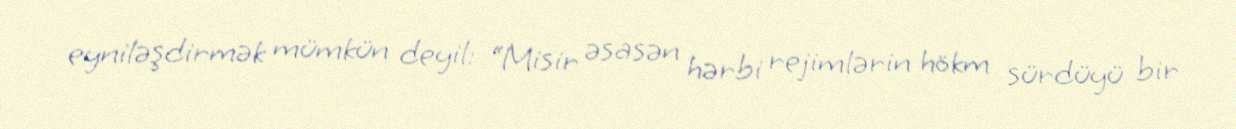
eyniləşdirmək mümkün deyil: “Misir əsasən hərbi rejimlərin hökm sürdüyü bir